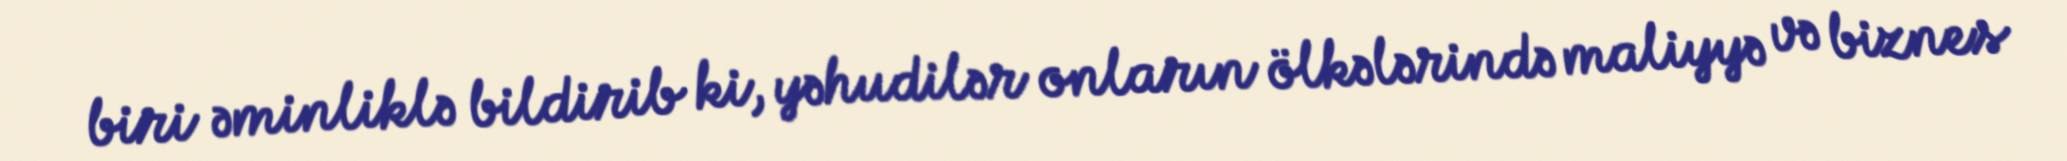
biri əminliklə bildirib ki, yəhudilər onların ölkələrində maliyyə və biznes